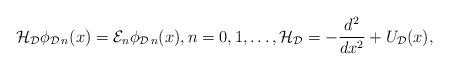
LaTeX: \begin{align*} \mathcal{H}_{\mathcal{D}}\phi_{\mathcal{D}\, n}(x) =\mathcal{E}_n\phi_{\mathcal{D}\,n}(x), n=0,1,\ldots, \mathcal{H}_{\mathcal{D}}=-\frac{d^2}{dx^2}+U_{\mathcal{D}}(x), \end{align*}